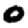
Digit: 0